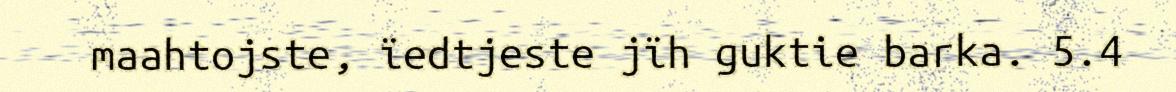
maahtojste, ïedtjeste jïh guktie barka. 5.4